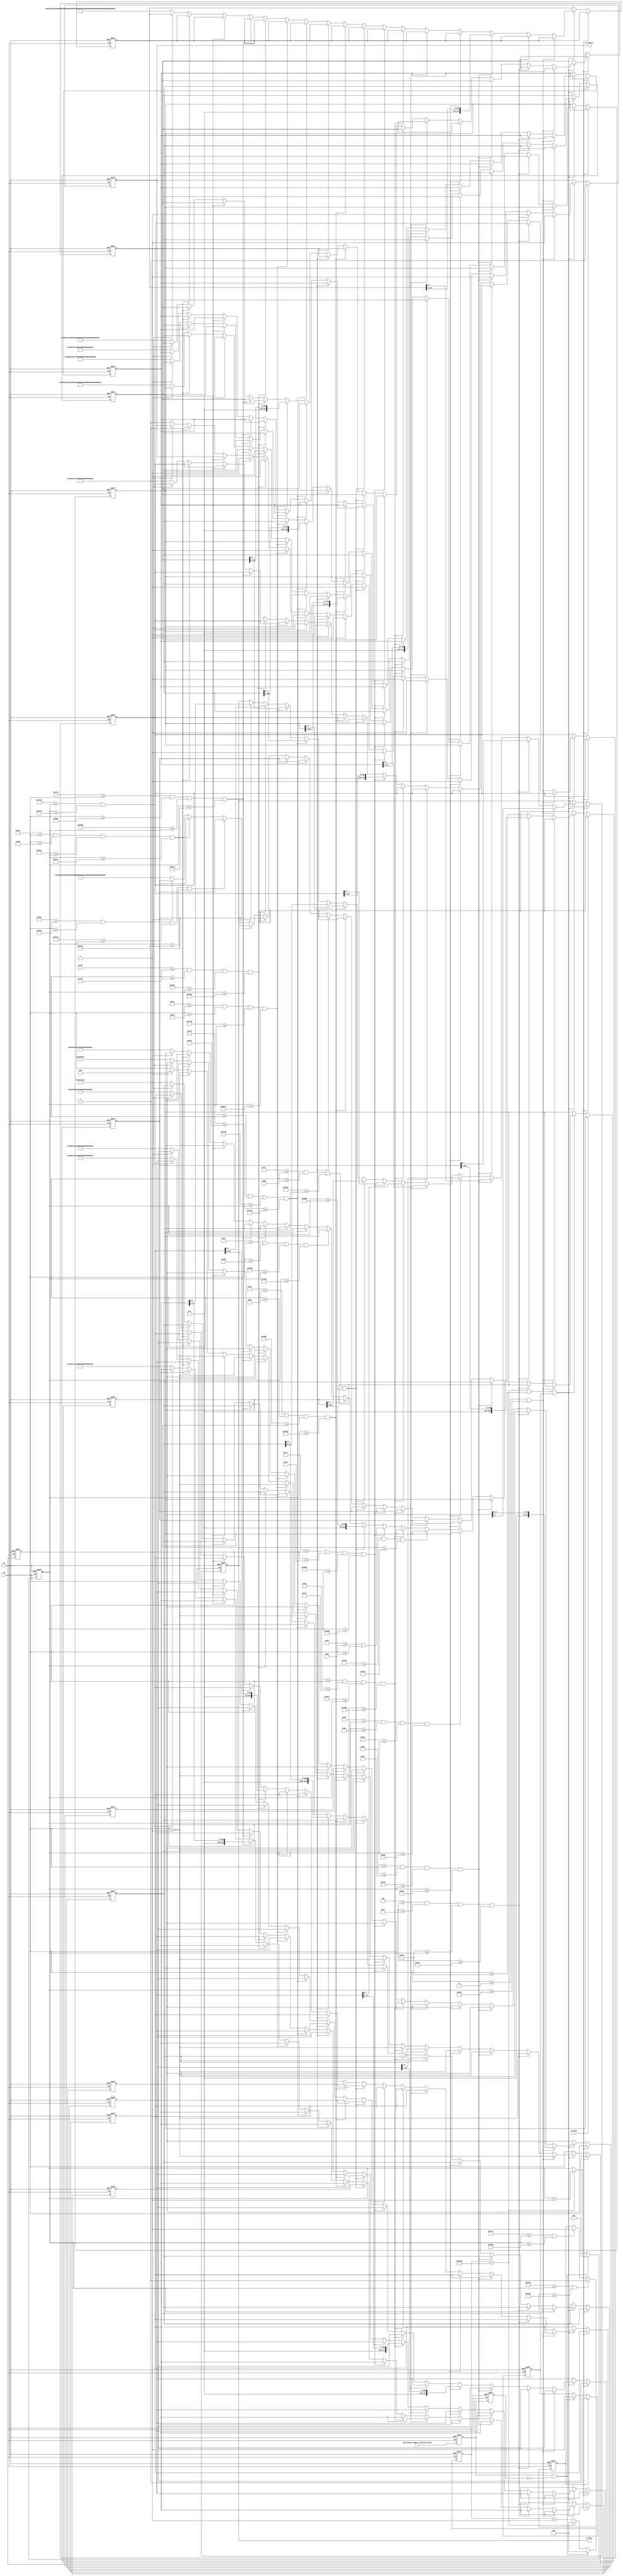
module surf_internet(  
	input			 	clk,rst,
	input 				tx_done,//uart,
	input 				mess_phone_number_prepared_enable, // 

	output reg 			tx_enable,
	output reg[7:0]		tx_data

	);
	
	reg message_sent_enable;
	 //  ()
	 reg mess_phone_number_prepared_enable_r1 ;
	 reg mess_phone_number_prepared_enable_r2 ;
	 reg mess_phone_number_prepared_enable_r3 ;
	 always@(posedge clk or negedge rst)
	 if(!rst)	begin
		mess_phone_number_prepared_enable_r1 <= 0 ;
		mess_phone_number_prepared_enable_r2 <= 0 ;
		mess_phone_number_prepared_enable_r3 <= 0 ;
	 end
	 else	begin
		mess_phone_number_prepared_enable_r1 <= mess_phone_number_prepared_enable ;
		mess_phone_number_prepared_enable_r2 <= mess_phone_number_prepared_enable_r1 ;
		mess_phone_number_prepared_enable_r3 <= mess_phone_number_prepared_enable_r2 ;
	 end
	 wire mess_phone_number_prepared_enable_r ;
	 assign mess_phone_number_prepared_enable_r = mess_phone_number_prepared_enable_r2 | mess_phone_number_prepared_enable_r3 ;
	 always@(posedge clk or negedge rst)
	 if(!rst)
		message_sent_enable <= 0 ;
	 else 
		message_sent_enable <= mess_phone_number_prepared_enable_r ;
	
	reg message_sent_enable_r1;
	reg message_sent_enable_r2;
	wire message_sent_enable_r;
	assign message_sent_enable_r = message_sent_enable_r1 & ~message_sent_enable_r2 ;
	always@(posedge clk or negedge rst)
	if(!rst)	begin
		message_sent_enable_r1 <= 0;
		message_sent_enable_r2 <= 0;
		end
	else	begin
		message_sent_enable_r1 <= mess_phone_number_prepared_enable;
		message_sent_enable_r2 <= message_sent_enable_r1 ;
		end

	parameter T1s = 27'd90_000;

	reg[26:0]cnt_T1s;
	reg[25:0]cnt_T5s;
	
	always@(posedge clk or negedge rst)
	begin
		if(!rst) begin
			cnt_T1s <= 26'd0;
			end
		else if(message_sent_enable_r==1'b1) begin
			cnt_T1s <= 0 ;
			end
		else if(cnt_T1s == T1s)	begin	//8bitASCII		
			cnt_T1s <= 26'd0;
			end
		else begin
			cnt_T1s <= cnt_T1s + 1'b1;
			end
	end
 
	always@(posedge clk or negedge rst)
	begin
		if(!rst) begin
			cnt_T5s <= 26'd0;
			end
		else if(message_sent_enable_r==1'b1) begin
			cnt_T5s <= 0 ;
			end
		else if(cnt_T1s == T1s) begin	     
			cnt_T5s <= cnt_T5s + 1'b1;
			end
		else begin
			cnt_T5s <= cnt_T5s;
			end
	end
 
	reg message_sent_done_flag ;		//"1",
	reg message_sent_enable_en ;		//"1"
	always@(posedge clk or negedge rst)	
	begin
		if(!rst)	//
			message_sent_enable_en <= 0 ;
		else if(message_sent_done_flag==1'b1)	//
			message_sent_enable_en <= 0 ;	//
		else if(message_sent_enable_r==1'b1)	//
			message_sent_enable_en <= 1 ;	//
	end
 
/*	
AT										//AT						2+2
 
AT+SAPBR=3,1,"APN","CMNET" 				//APN						26+2
	                                                                
AT+SAPBR=3,1,"PHONENUM","18329680221"	//PHONENUM                  37+2
	                                                                
AT+SAPBR=4,1							//SAPBR41                   12+2
	                                                                
AT+SAPBR=5,1	                        //SAPBR51                   12+2
	                                                                
AT+SAPBR=1,1	                        //SAPBR11                   12+2
	                                                                
AT+SAPBR=2,1	                        //SAPBR21                   12+2
	                                    
AT+HTTPINIT	                            //HTTPINIT					11+2
	                                    
AT+HTTPPARA="CID","1"	                //CID						21+2
										//URL           			164+2
AT+HTTPPARA="URL","http://api.map.baidu.com/directionlite/v1/walking?origin=34.160585,108.907325&destination=34.1578,108.905183&ak=fQfrhmplBKN1dEP9VPyY9mrRQrIuNzTO"

AT+HTTPACTION=0							//HTTPACTION				15+2

AT+HTTPREAD=1,40037						//HTTPREAD					19+2

AT+HTTPTERM								//HTTPTERM					11+2

AT+SAPBR=0,1							//SAPBR01					12+2						sum = 394	
*/	
	
	
	reg		[31:0]					AT;			//4
	reg		[223:0]					APN;        //28
	reg     [311:0]                 PHONENUM;   //39
	reg     [111:0]                 SAPBR41;    //14
	reg     [111:0]                 SAPBR51;    //14
	reg     [111:0]                 SAPBR11;    //14
	reg     [111:0]                 SAPBR21;    //14
	reg     [103:0]                 HTTPINIT;   //13
	reg     [183:0]                 CID;        //23
	reg     [1327:0]                URL;        //166
	reg     [135:0]                 HTTPACTION; //17
	reg     [167:0]                 HTTPREAD;   //21
	reg     [103:0]                 HTTPTERM;   //13
	reg     [111:0]                 SAPBR01;    //14
	reg		[10:0]					num;        
	
	
 
 
	always@(posedge clk or negedge rst)
	begin
		if(!rst) begin
			tx_enable	<= 1'b0;
			tx_data		<= 8'b0;
			AT			<= 32'h0a_0d_54_41; //AT
																			//{AT+SAPBR=3,1,"APN","CMNET"},28
			APN         <= 224'h0a_0d_22_54_45_4e_4d_43_22_2c_22_4e_50_41_22_2c_31_2c_33_3d_52_42_50_41_53_2b_54_41; 			
																			//{AT+SAPBR=3,1,"PHONENUM","18329680221"},39
			PHONENUM    <= 312'h0a_0d_22_31_32_32_30_38_36_39_32_33_38_31_22_2c_22_4d_55_4e_45_4e_4f_48_50_22_2c_31_2c_33_3d_52_42_50_41_53_2b_54_41; 
			SAPBR41     <= 112'h0a_0d_31_2c_34_3d_52_42_50_41_53_2b_54_41; 	//{AT+SAPBR=4,1},14
			SAPBR51     <= 112'h0a_0d_31_2c_35_3d_52_42_50_41_53_2b_54_41; 	//{AT+SAPBR=5,1},14
			SAPBR11     <= 112'h0a_0d_31_2c_31_3d_52_42_50_41_53_2b_54_41; 	//{AT+SAPBR=1,1},14
			SAPBR21     <= 112'h0a_0d_31_2c_32_3d_52_42_50_41_53_2b_54_41; 	//{AT+SAPBR=2,1},14
			HTTPINIT    <= 104'h0a_0d_54_49_4e_49_50_54_54_48_2b_54_41; 	//{AT+HTTPINIT},13
			CID         <= 184'h0a_0d_22_31_22_2c_22_44_49_43_22_3d_41_52_41_50_50_54_54_48_2b_54_41; //{AT+HTTPPARA="CID","1"},23	
																			//{AT+HTTPPARA="URL","http://api.map.baidu.com/directionlite/v1/walking?origin=34.160585,108.907325&destination=34.1578,108.905183&ak=fQfrhmplBKN1dEP9VPyY9mrRQrIuNzTO"},166
			URL         <=1328'h0a_0d_22_4f_54_7a_4e_75_49_72_51_52_72_6d_39_59_79_50_56_39_50_45_64_31_4e_4b_42_6c_70_6d_68_72_66_51_66_3d_6b_61_26_33_38_31_35_30_39_2e_38_30_31_2c_38_37_35_31_2e_34_33_3d_6e_6f_69_74_61_6e_69_74_73_65_64_26_35_32_33_37_30_39_2e_38_30_31_2c_35_38_35_30_36_31_2e_34_33_3d_6e_69_67_69_72_6f_3f_67_6e_69_6b_6c_61_77_2f_31_76_2f_65_74_69_6c_6e_6f_69_74_63_65_72_69_64_2f_6d_6f_63_2e_75_64_69_61_62_2e_70_61_6d_2e_69_70_61_2f_2f_3a_70_74_74_68_22_2c_22_4c_52_55_22_3d_41_52_41_50_50_54_54_48_2b_54_41; //{AT+HTTPPARA="URL","http://api.map.baidu.com/directionlite/v1/walking?origin=34.160585,108.907325&destination=34.1578,108.905183&ak=fQfrhmplBKN1dEP9VPyY9mrRQrIuNzTO"},166
		
			HTTPACTION  <= 136'h0a_0d_30_3d_4e_4f_49_54_43_41_50_54_54_48_2b_54_41;//{AT+HTTPACTION=0},17

			HTTPREAD    <= 168'h0a_0d_37_33_30_30_34_2c_31_3d_44_41_45_52_50_54_54_48_2b_54_41;//{AT+HTTPREAD=1,40037},21
			
			HTTPTERM    <= 104'h0a_0d_4d_52_45_54_50_54_54_48_2b_54_41;//{AT+HTTPTERM},13
			
			SAPBR01     <= 112'h0a_0d_31_2c_30_3d_52_42_50_41_53_2b_54_41;//{AT+SAPBR=0,1},14
			
			num <= 0;
			end
		else if(tx_done) begin   
			tx_enable <= 1'b0;
			end
		else if(cnt_T1s == T1s && num <= 11'd401 && message_sent_enable_en==1) begin//ASCII	
		
			if((num <= 8'd3) && (cnt_T5s <= 9'd400) )  //AT A T   => 4*4*8=128128cnt_T5s400128+272OK
			begin 		
				tx_enable 	<= 1'b1;
				tx_data		<= AT;
				num 		<= num + 1'b1;//numalwaysnumcnt_5snum
				AT 			<= AT >> 4'd8;		
			end		
		//ATTENTION PLEASE!!! num3cnt_T5scnt_T5s401		
		//{AT+SAPBR=3,1,"APN","CMNET"},28
			else if( 3'd4 <= num && num <= 11'd31 &&  9'd401 <= cnt_T5s && cnt_T5s <= 26'd1400 )//APN   28*4*8=896,400+896+104=1400 ,104
			begin
				tx_enable <= 1'b1;
				tx_data <= APN;
				APN <= APN >> 4'd8;
				num <= num + 1'b1;
			end		
			//{AT+SAPBR=3,1,"PHONENUM","18329680221"},39
			else if( 11'd32 <= num && num <= 11'd70 && 1401 <= cnt_T5s && cnt_T5s <= 2800 )//PHONENUM	39*4*8=1248,1400+1248+152=2800,152
			begin
				tx_enable <= 1'b1;
				tx_data <= PHONENUM;
				PHONENUM <= PHONENUM >> 4'd8;
				num <= num + 1'b1;
			end		
			//{AT+SAPBR=4,1},14															
			else if( 11'd71 <= num && num <= 11'd84 && 2801 <= cnt_T5s && cnt_T5s <= 3400 )//SAPBR41	14*4*8=448,2800+448+152=3400,
			begin                                                                                                   
				tx_enable <= 1'b1;                                                                                  
				tx_data <= SAPBR41;
				SAPBR41 <= SAPBR41 >> 4'd8;
				num <= num + 1'b1;
			end
			//{AT+SAPBR=5,1},14
			else if( 85 <= num && num <= 98 && 3401 <= cnt_T5s && cnt_T5s <= 4000)//SAPBR51		14*4*8=448,3400+448+152=4000,
			begin
				tx_enable <= 1'b1;
				tx_data <= SAPBR51;
				SAPBR51 <= SAPBR51 >> 4'd8;
				num <= num + 1'b1;
			end
			//{AT+SAPBR=1,1},14
			else if( 99 <= num && num <= 112 && 4001 <= cnt_T5s && cnt_T5s <= 10600)//SAPBR11	14*4*8=448,4000+448+6152=10600,
			begin
				tx_enable <= 1'b1;
				tx_data <= SAPBR11;
				SAPBR11 <= SAPBR11 >> 4'd8;
				num <= num + 1'b1;
			end
			//{AT+SAPBR=2,1},14
			else if( 113 <= num && num <= 126 && 10601 <= cnt_T5s && cnt_T5s <= 13200)//SAPBR21	14*4*8=448,10600+448+2152=13200
			begin
				tx_enable <= 1'b1;
				tx_data <= SAPBR21;
				SAPBR21 <= SAPBR21 >> 4'd8;
				num <= num + 1'b1;
			end		
			
			//{AT+HTTPINIT},13
			else if( 127 <= num && num <= 139 && 13201 <= cnt_T5s && cnt_T5s <= 15800)//13*4*8=416,13200+416+184=15800
			begin
				tx_enable <= 1'b1;
				tx_data <= HTTPINIT;
				HTTPINIT <= HTTPINIT >> 4'd8;
				num <= num + 1'b1;
			end			
			//{AT+HTTPPARA="CID","1"},23
			else if( 140 <= num && num <= 162 && 15801 <= cnt_T5s && cnt_T5s <= 18700)//23*4*8=416,15800+736+2164=18700
			begin                                                                                                   			
				tx_enable <= 1'b1;                                                                             					     	
				tx_data <= CID;                                                                                					    
				CID <= CID >> 4'd8;                                                                            					  	 	
				num <= num + 1'b1;                                                                             					     
			end			                                                                                       					    	
			
			//{AT+HTTPPARA="URL"....},166		
			else if( 163 <= num && num <= 328 && 18701 <= cnt_T5s && cnt_T5s <= 30200)//166*4*8=5312,18700+5312+6188=30200  		    
			begin                                                                                                   			
				tx_enable <= 1'b1;                                                                             					
				tx_data <= URL;                                                                                					
				URL <= URL >> 4'd8;                                                                            					
				num <= num + 1'b1;                                                                             					
			end			                                                                                       					
			                                                                                                                    
			//{AT+HTTPACTION=0},17	                                                    
			else if( 329 <= num && num <= 345 && 30201 <= cnt_T5s && cnt_T5s <= 31900)//17*4*8=544,30200+544+1156=31900
			begin                                                                                 			
				tx_enable <= 1'b1;                                                                			
				tx_data <= HTTPACTION;                                                             					
				HTTPACTION <= HTTPACTION >> 4'd8;                                                         					
				num <= num + 1'b1;                                                                			
			end			                                                                          			
			
			//{AT+HTTPREAD=1,40037},21
			else if( 346 <= num && num <= 366 && 31901 <= cnt_T5s && cnt_T5s <= 35700)//21*4*8=672,31900+672+3128=35700			
			begin                                                                                 			
				tx_enable <= 1'b1;                                                                			
				tx_data <= HTTPREAD;                                                              					
				HTTPREAD <= HTTPREAD >> 4'd8;                                                         					
				num <= num + 1'b1;                                                                			
			end			                                                                          			
			
			//{AT+HTTPTERM},13
			else if( 367 <= num && num <= 379 && 35701 <= cnt_T5s && cnt_T5s <= 38300)//13*4*8=416,35700+416+2184=38300
			begin                                                                                 
				tx_enable <= 1'b1;                                                                
				tx_data <= HTTPTERM;                                                              		
				HTTPTERM <= HTTPTERM >> 4'd8;                                                         		
				num <= num + 1'b1;                                                                
			end			                                                                          

			//{AT+SAPBR=0,1},14
			else if( 380 <= num && num <= 393 && 38301 <= cnt_T5s && cnt_T5s <= 40900)//14*4*8=448,38300+448+2152=40900
			begin                                                                                                   
				tx_enable <= 1'b1;                                                                             		
				tx_data <= SAPBR01;                                                                                		
				SAPBR01 <= SAPBR01 >> 4'd8;                                                                            		
				num <= num + 1'b1;                                                                             					
			end			                                                                                       					
			
			else if(394 <= num && num <= 395 && 40901 <= cnt_T5s && cnt_T5s <= 40905)
				begin
					num <= num+1 ;
				end
			else if(396 <= num && num <= 397 && 40906 <= cnt_T5s && cnt_T5s <= 40908)
				begin
					tx_enable <= 1'b0;
					num <= num + 1'b1 ;
//					num <= 0;
				end 
			else if(40909 <= cnt_T5s && cnt_T5s <= 40910)
			num <= 0 ;
			else 
			begin
				tx_enable	<= 1'b0;
				tx_data		<= tx_data;
				num			<= num;
				AT			<= 32'h0a_0d_54_41; //AT
																				//{AT+SAPBR=3,1,"APN","CMNET"},28
				APN			<= 224'h0a_0d_22_54_45_4e_4d_43_22_2c_22_4e_50_41_22_2c_31_2c_33_3d_52_42_50_41_53_2b_54_41; 			
																				//{AT+SAPBR=3,1,"PHONENUM","18329680221"},39
				PHONENUM	<= 312'h0a_0d_22_31_32_32_30_38_36_39_32_33_38_31_22_2c_22_4d_55_4e_45_4e_4f_48_50_22_2c_31_2c_33_3d_52_42_50_41_53_2b_54_41; 
				SAPBR41		<= 112'h0a_0d_31_2c_34_3d_52_42_50_41_53_2b_54_41; 	//{AT+SAPBR=4,1},14
				SAPBR51		<= 112'h0a_0d_31_2c_35_3d_52_42_50_41_53_2b_54_41; 	//{AT+SAPBR=5,1},14
				SAPBR11		<= 112'h0a_0d_31_2c_31_3d_52_42_50_41_53_2b_54_41; 	//{AT+SAPBR=1,1},14
				SAPBR21		<= 112'h0a_0d_31_2c_32_3d_52_42_50_41_53_2b_54_41; 	//{AT+SAPBR=2,1},14
				HTTPINIT	<= 104'h0a_0d_54_49_4e_49_50_54_54_48_2b_54_41; 	//{AT+HTTPINIT},13
				CID			<= 184'h0a_0d_22_31_22_2c_22_44_49_43_22_3d_41_52_41_50_50_54_54_48_2b_54_41; //{AT+HTTPPARA="CID","1"},23	
																				//{AT+HTTPPARA="URL","http://api.map.baidu.com/directionlite/v1/walking?origin=34.160585,108.907325&destination=34.1578,108.905183&ak=fQfrhmplBKN1dEP9VPyY9mrRQrIuNzTO"},166
				URL			<=1328'h0a_0d_22_4f_54_7a_4e_75_49_72_51_52_72_6d_39_59_79_50_56_39_50_45_64_31_4e_4b_42_6c_70_6d_68_72_66_51_66_3d_6b_61_26_33_38_31_35_30_39_2e_38_30_31_2c_38_37_35_31_2e_34_33_3d_6e_6f_69_74_61_6e_69_74_73_65_64_26_35_32_33_37_30_39_2e_38_30_31_2c_35_38_35_30_36_31_2e_34_33_3d_6e_69_67_69_72_6f_3f_67_6e_69_6b_6c_61_77_2f_31_76_2f_65_74_69_6c_6e_6f_69_74_63_65_72_69_64_2f_6d_6f_63_2e_75_64_69_61_62_2e_70_61_6d_2e_69_70_61_2f_2f_3a_70_74_74_68_22_2c_22_4c_52_55_22_3d_41_52_41_50_50_54_54_48_2b_54_41; //{AT+HTTPPARA="URL","http://api.map.baidu.com/directionlite/v1/walking?origin=34.160585,108.907325&destination=34.1578,108.905183&ak=fQfrhmplBKN1dEP9VPyY9mrRQrIuNzTO"},166
			
				HTTPACTION	<= 136'h0a_0d_30_3d_4e_4f_49_54_43_41_50_54_54_48_2b_54_41;//{AT+HTTPACTION=0},17
	
				HTTPREAD	<= 168'h0a_0d_37_33_30_30_34_2c_31_3d_44_41_45_52_50_54_54_48_2b_54_41;//{AT+HTTPREAD=1,40037},21
				
				HTTPTERM	<= 104'h0a_0d_4d_52_45_54_50_54_54_48_2b_54_41;//{AT+HTTPTERM},13
				
				SAPBR01		<= 112'h0a_0d_31_2c_30_3d_52_42_50_41_53_2b_54_41;//{AT+SAPBR=0,1},14				
				
			end
		end
	end
	
	always@(posedge clk or negedge rst)
	begin
		if(!rst)
			message_sent_done_flag <= 0;
		else if(40913 <= cnt_T5s && cnt_T5s <= 40914)
			message_sent_done_flag <= 0;
		else if(40911 <= cnt_T5s && cnt_T5s <= 40912)		//223
			message_sent_done_flag <= 1;
		else
			message_sent_done_flag <= message_sent_done_flag;
	end
endmodule